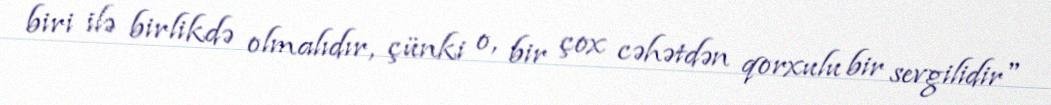
biri ilə birlikdə olmalıdır, çünki o, bir çox cəhətdən qorxulu bir sevgilidir"